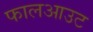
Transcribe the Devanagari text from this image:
फालआउट